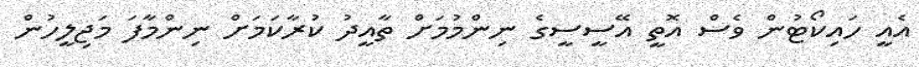
އެއީ ހައިކޯޓުން ވެސް އޮތީ އޭސީސީގެ ނިންމުމަށް ތާއީދު ކުރާކަމަށް ނިންމާފަ މަޖިލީހުން